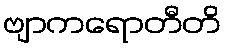
ဗျာကရောတီတိ